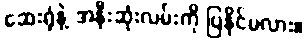
ဆေးရုံနဲ့ အနီးဆုံးလမ်းကို ပြနိုင်မလား။